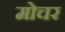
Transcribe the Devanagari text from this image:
मोचर